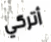
أتركي